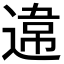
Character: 𨔻